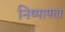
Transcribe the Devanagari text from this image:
निष्पापता